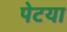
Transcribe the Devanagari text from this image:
पेटया